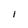
Character: I